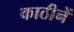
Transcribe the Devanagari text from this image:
काठीनें